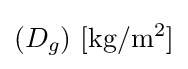
(D_{g})\ \mathrm {[kg/m^{2}]}